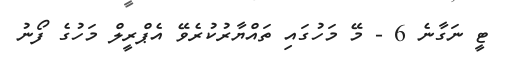
ޓީ ނަގާނެ 6 - މޭ މަހުގައި ތައްޔާރުކުރެވޭ އެޕްރީލް މަހުގެ ފޯނު